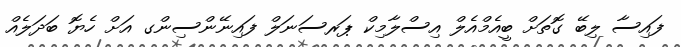
ފައިސާ ލިބޭ ގޮތަށް ބީއެމްއެލް އިސްލާމިކް ޕަރސަނަލް ފައިނޭންސިންގ އަށް ހެޔޮ ބަދަލެއް